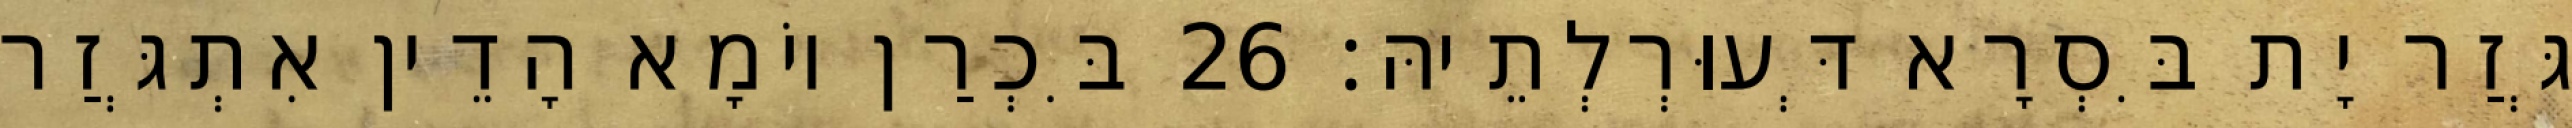
גְּזַר יָת בִּסְרָא דְּעוּרְלְתֵיהּ׃ 26 בִּכְרַן יוֹמָא הָדֵין אִתְגְּזַר